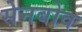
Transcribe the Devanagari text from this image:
सेनबोव